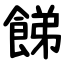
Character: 䬾